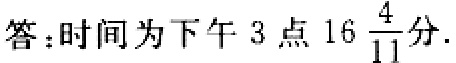
答：时间为下午 3 点 \(16\frac{4}{11}\)分.